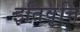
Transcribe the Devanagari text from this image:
इतिवृत्ति